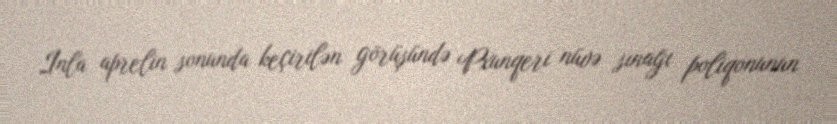
İnla aprelin sonunda keçirilən görüşündə Pxunqeri nüvə sınağı poliqonunun